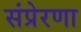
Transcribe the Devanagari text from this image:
संप्रेरणा